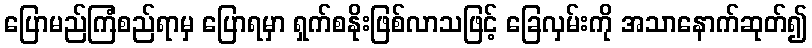
ပြောမည်ကြံစည်ရာမှ ပြောရမှာ ရှက်စနိုးဖြစ်လာသဖြင့် ခြေလှမ်းကို အသာနောက်ဆုတ်၍